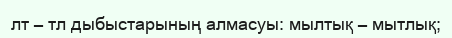
лт – тл дыбыстарының алмасуы: мылтық – мытлық;